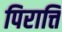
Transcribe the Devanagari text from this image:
पिरात्ति